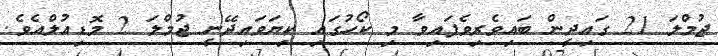
ޖުމްލަ 21 ގައިދީން ބައިވެރިވެފައިވާ މި ކޯހުގައި ކިޔަވައިދޭނީ ޖުމްލަ 2 މޮޑިއުލްއެވެ.